Annual report of the Civil Veterinary Department, Bengal, for the year 1898-99 - 1898-1899
Year: 1898
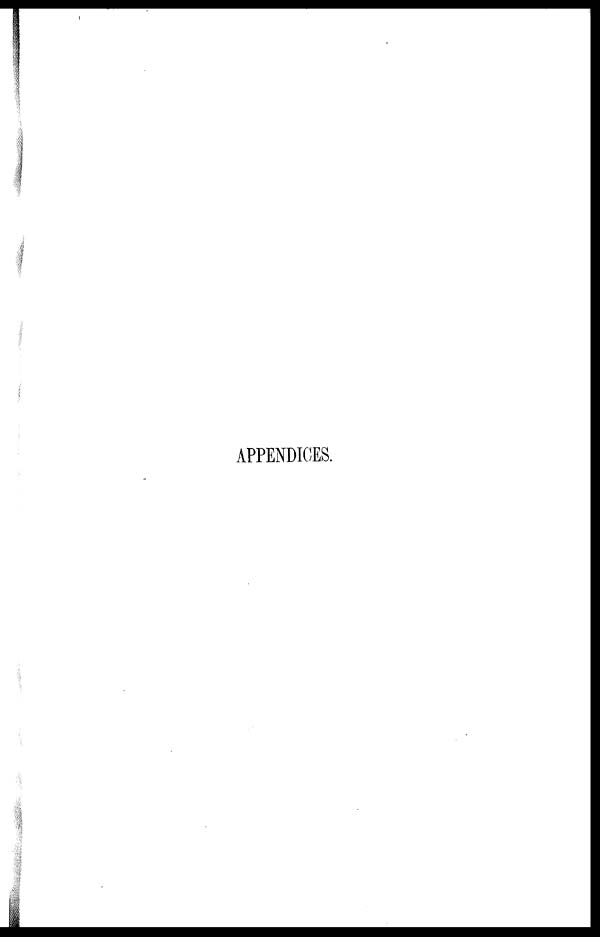
APPENDICES.